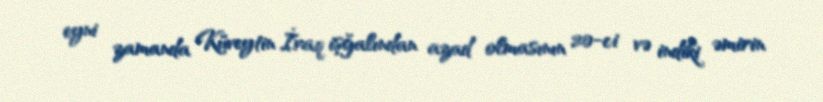
eyni zamanda Küveytin İraq işğalından azad olmasının 20-ci və indiki əmirin